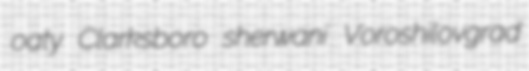
oaty Clarksboro sherwani Voroshilovgrad